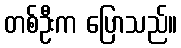
တစ်ဦးက ပြောသည်။